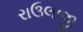
રાઉલજી